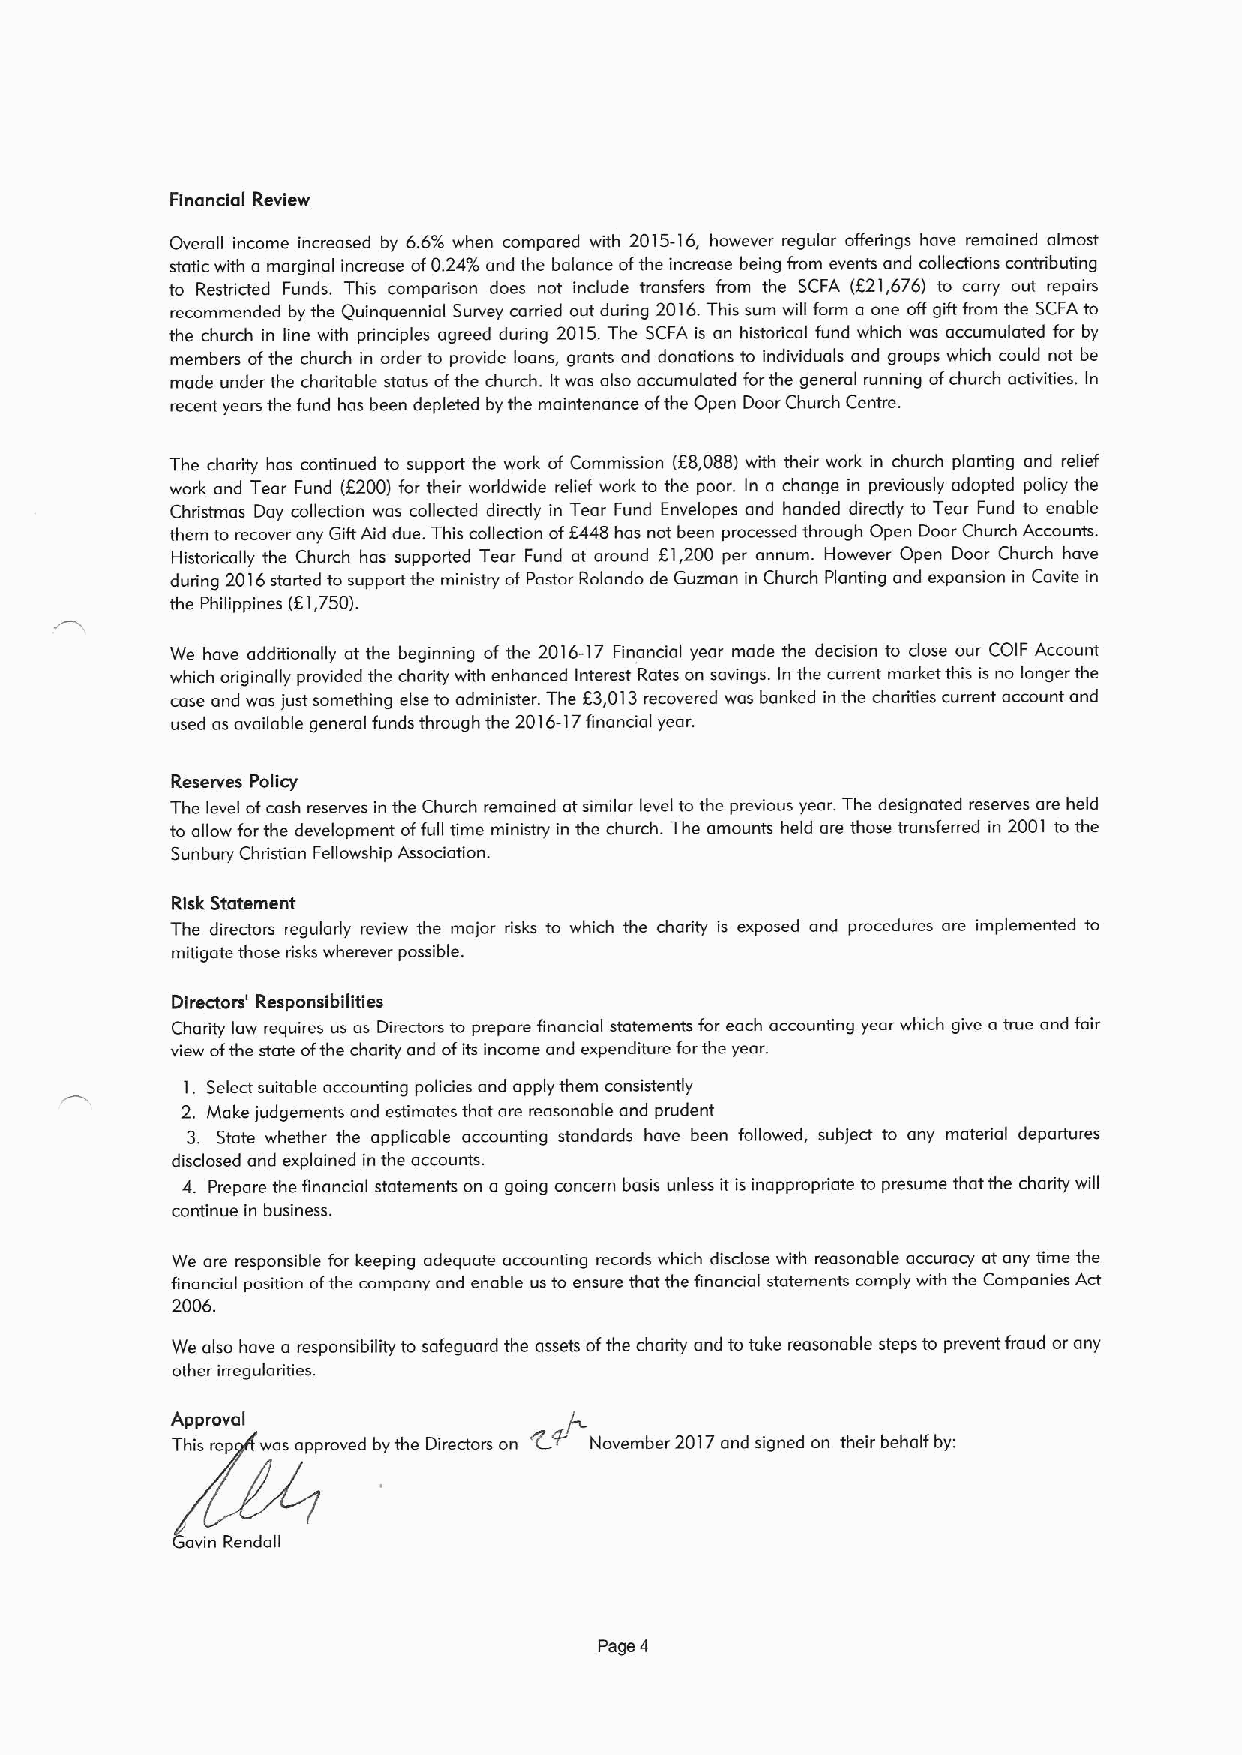
Financial Review
 Overall income increased by 6.6'4 when compared with 2015-16, however regular offerings have remained almost
 static with a marginal increase af0.24%and the balance ofthe increase being from events and collections contributing
 to Restriicted Funds. This compariison does not include transfers from the SCFA (f21,676) to carry out repairs
 recommended by the Quinquennial Survey carried out during 2016.This sum will form a one off gift from the SCFAto
 the church in line with principles agreed during 2015.The SCFA is an historical fund which was accumulated for by
 members ofthe church in order to provide loans, grants and donations to individuals and groups which could not be
 made under the charitable status ofthe church. Itwas also accumulated forthe general running ofchurch activities. In
 recent years the fund has been depleted by the maintenance ofthe Open Door Church Centre.
 The chaiity has continued to support the work of Commission (E8,088) with their work in church planting and relief
 work and Tear Fund (E200) for their worldwide relief work to the poor. In a change in previously adopted policy the
 Chiistmas Day collection was collected directly in Tear Fund Envelopes and handed directly to Tear Fund to enable
 them to recover any Gift Aid due. This collection ofK448 has not been processed through Open Door Church Accounts.
 Historically the Church has supported Tear Fund at around E1,200 per annum. However Open Door Church have
 during 2016started to support the ministry ofPastor Rolando de Guzman in Church Planting and expansion in Cavite in
 the Philippines (E1,750).
 We have additionally at the beginning of the 2016-17 Financial year made the decision to close our COIF Account
 which originally provided the charity with enhanced Interest Rates on savings. In the current market this is no longer the
 case and was just something else to administer. The E3,013recovered was banked in the chariities current account and
 used as available general funds through the 2016-17Financial year.
 Reserves Policy
 The level ofcash reserves in the Church remained atsimilar level to the previous year. The designated reserves are held
 to allow forthe development offull time ministry in the church. The amounts held are those transferred in 2001 to the
 Sunbury Christian Fellowship Association.
 Risk Statement
 The directors regularly review the major risks to which the charity is exposed and procedures are implemented to
 mitigate those risks wherever possible.
 Directors' Responsibilities
 Charity law requires us as Directors to prepare financial statements for each accounting year which give a true and fair
 view ofthe state ofthe charity and ofits income and expenditure forthe year.
 1. Select suitable accounting policies and apply them consistently
 2. Make judgements and estimates that are reasonable and prudent
 3. State whether the applicable accounting standards have been followed, subject to any material departures
 disclosed and explained in the accounts.
 4. Prepare the financial statements on a going concern basis unless it is inappropriate to presume that the charity will
 continue in business.
 We are responsible for keeping adequate accounting records which disclose with reasonable accuracy at any time the
 financial position ofthe company and enable us to ensure that the financial statements comply with the Companies Act
 2006.
 We also have a responsibility to safeguard the assets ofthe chaiity and to take reasonable steps to prevent fraud or any
 other irregularities.
 Approval                E+/
 This rep was approved by the Directors on November 2017and signed on their behalf by:
 avin Rendall
 Page 4